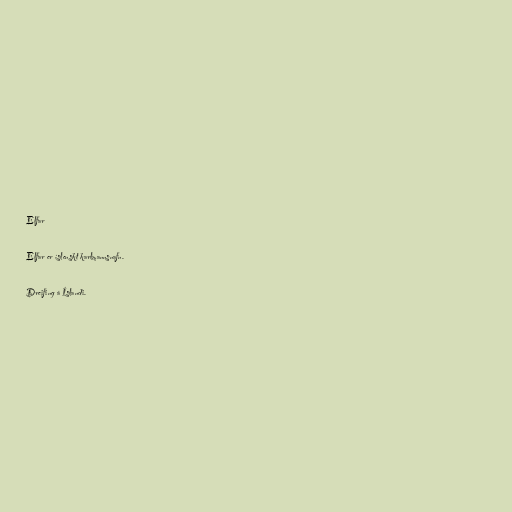
Elfar

Elfar er íslenskt karlmannsnafn.

Dreifing á Íslandi.